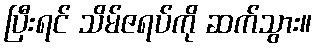
ပြီးရင် သိမ်ဇရပ်ကို ဆက်သွား။